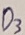
Text: D3